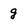
Character: g